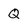
Character: Q